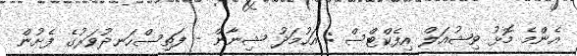
އެންމެ މޮޅު ވިޝުއަލް އިފެކްޓްސް : އަހުމަދު ޝިނާން - ފަތިސްހަނދުވަރުގެ ފެށުން